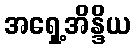
အရှေ့အိန္ဒိယ